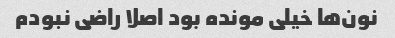
نون‌ها خیلی مونده بود اصلا راضی نبودم